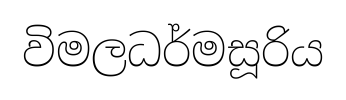
විමලධර්මසූරිය